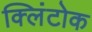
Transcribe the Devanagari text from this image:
क्लिंटोक